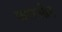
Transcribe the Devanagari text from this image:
फराऔह